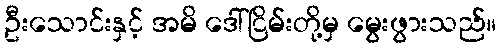
ဦးသောင်းနှင့် အမိ ဒေါ်ငြိမ်းတို့မှ မွေးဖွားသည်။